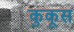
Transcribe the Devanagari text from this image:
कुकूस